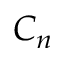
C _ { n }